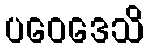
ပဝေဒေသိ